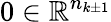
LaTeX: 0\in\mathbb{R}^{n_{k\pm 1}}